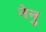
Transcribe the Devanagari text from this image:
नेनु